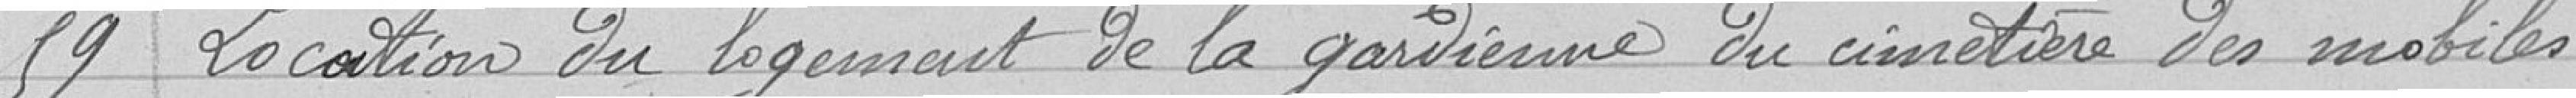
59 Location du logement de la gardienne du cimetière des mobiles